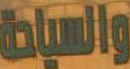
والسياحة